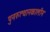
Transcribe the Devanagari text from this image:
पुनरुत्थानकालीन